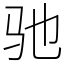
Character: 驰